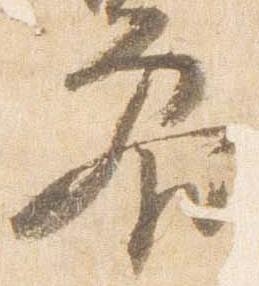
参